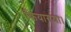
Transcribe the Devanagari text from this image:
कियागया।